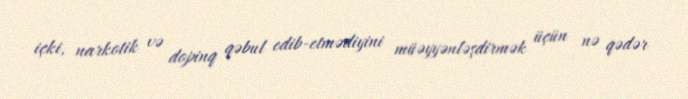
içki, narkotik və dopinq qəbul edib-etmədiyini müəyyənləşdirmək üçün nə qədər